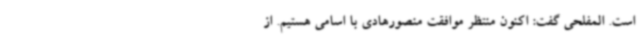
است. المفلحی گفت: اکنون منتظر موافقت منصورهادی با اسامی هستیم. از